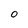
Character: 0